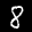
Label: 8